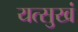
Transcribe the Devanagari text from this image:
यत्सुखं